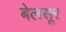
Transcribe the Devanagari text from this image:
बेलसूर